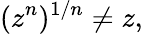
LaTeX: (z^{n})^{1/n}\neq z,